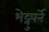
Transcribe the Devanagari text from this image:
भेट्नुपर्ने